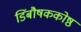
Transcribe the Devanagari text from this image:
डिंबौषककोष्ठ